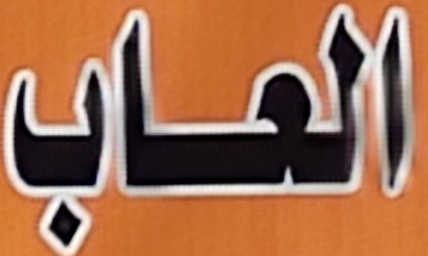
العاب